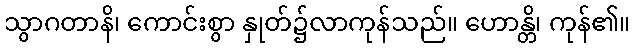
သွာဂတာနိ၊ ကောင်းစွာ နှုတ်၌လာကုန်သည်။ ဟောန္တိ၊ ကုန်၏။